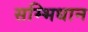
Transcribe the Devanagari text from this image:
सम्भिधान